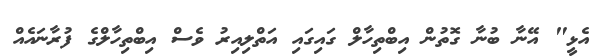
އެޅީ" އޭނާ ބުނާ ގޮތުން އިބްތިހާލް ގައިގައި އަތްލިއިރު ވެސް އިބްތިހާލްގެ ފުރާނައެއް